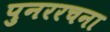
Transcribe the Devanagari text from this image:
पुनररचना